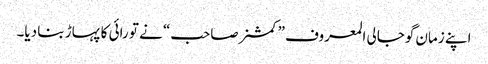
اپنے زمان گوجالی المعروف ”کمشنرصاحب“ نے تو رائی کا پہاڑ بنا دیا۔